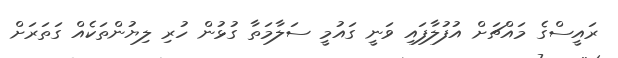
ރައީސްގެ މައްޗަށް އުފުލާފައި ވަނީ ގައުމީ ސަލާމަތާ ގުޅުން ހުރި ލިޔުންތަކެއް ގަތަރަށް